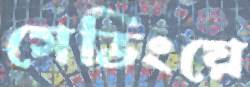
সেভিংয়ে